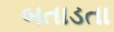
બતાડતા